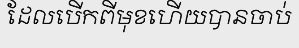
ដែលបើកពីមុខហើយបានចាប់